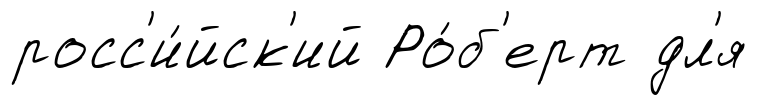
росс'и́йск'ий Ро́б'ерт дл'я